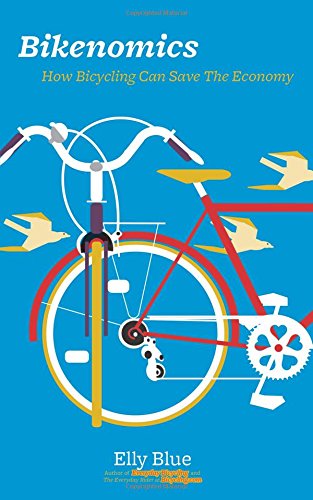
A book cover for Bikenomics: How Bicycling Can Save The Economy (Bicycle); Elly Blue; Politics & Social Sciences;